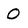
Character: O